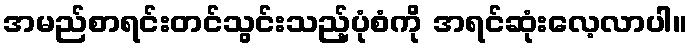
အမည်စာရင်းတင်သွင်းသည့်ပုံစံကို အရင်ဆုံးလေ့လာပါ။